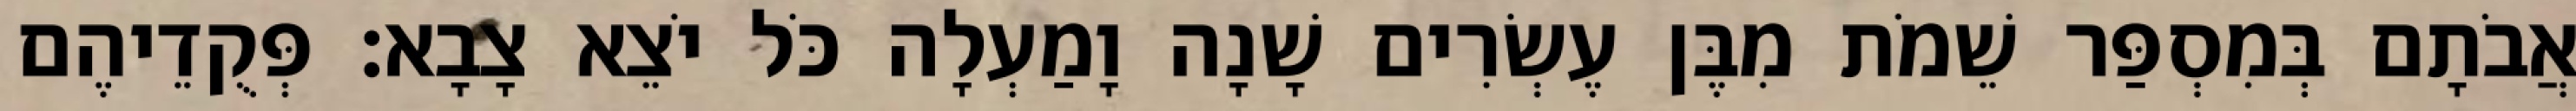
אֲבֹתָם בְּמִסְפַּר שֵׁמֹת מִבֶּן עֶשְׂרִים שָׁנָה וָמַעְלָה כֹּל יֹצֵא צָבָא׃ פְּקֻדֵיהֶם